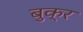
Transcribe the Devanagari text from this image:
बुक्र